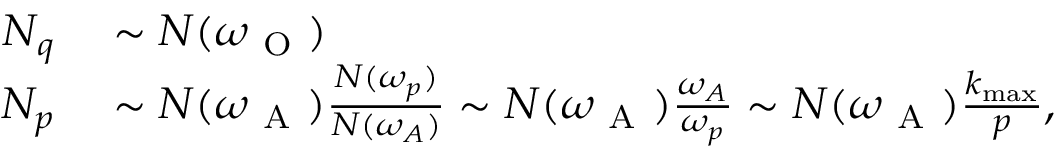
\begin{array} { r l } { N _ { q } } & { { } \sim N ( \omega _ { \mathrm { ~ O ~ } } ) } \\ { N _ { p } } & { { } \sim N ( \omega _ { \mathrm { ~ A ~ } } ) \frac { N ( \omega _ { p } ) } { N ( \omega _ { A } ) } \sim N ( \omega _ { \mathrm { ~ A ~ } } ) \frac { \omega _ { A } } { \omega _ { p } } \sim N ( \omega _ { \mathrm { ~ A ~ } } ) \frac { k _ { \operatorname* { m a x } } } { p } , } \end{array}